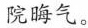
院晦气。